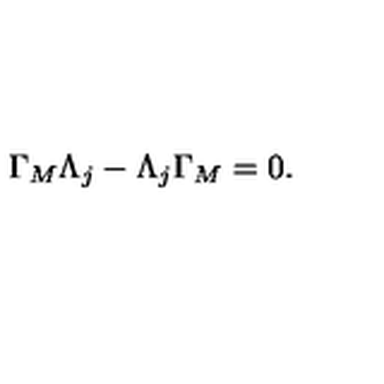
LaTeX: \Gamma _ { M } \Lambda _ { j } - \Lambda _ { j } \Gamma _ { M } = 0 .